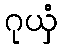
ဂုယှံ